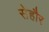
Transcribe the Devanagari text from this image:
सेहौर